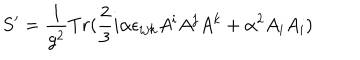
S ^ { \prime } = \frac { 1 } { g ^ { 2 } } T r ( \frac { 2 } { 3 } i \alpha \epsilon _ { i j k } A ^ { i } A ^ { j } A ^ { k } + \alpha ^ { 2 } A _ { i } A _ { i } )